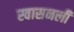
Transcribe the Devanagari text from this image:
स्वासनली